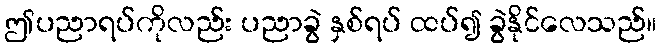
ဤပညာရပ်ကိုလည်း ပညာခွဲ နှစ်ရပ် ထပ်၍ ခွဲနိုင်လေသည်။